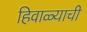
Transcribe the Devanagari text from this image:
हिवाळ्याची